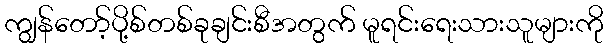
ကျွန်တော့်ပို့စ်တစ်ခုချင်းစီအတွက် မူရင်းရေးသားသူများကို